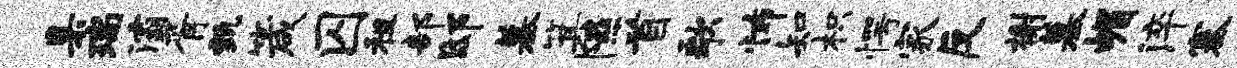
臬瑞灞胥甄箴囚租部邸墓箕隰首歌怖知枳愕家反榭墓嵋淬塞